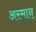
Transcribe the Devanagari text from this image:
अस्मान्